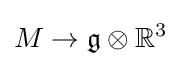
M\to {\mathfrak {g}}\otimes \mathbb {R} ^{3}